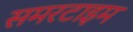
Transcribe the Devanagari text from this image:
समरटाइम